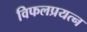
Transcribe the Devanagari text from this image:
विफलप्रयत्न